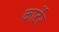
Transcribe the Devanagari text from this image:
कार्टेर